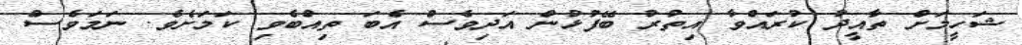
ޝަހީމަށް ތާއީދު ކުރައްވާ އިތުރު ބޭފުޅުން އަދިވެސް އެބަ ތިއްބެވި ކަމަށެވެ. ނަމަވެސް